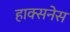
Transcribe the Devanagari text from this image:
हाक्सनेस